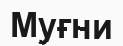
Муғни